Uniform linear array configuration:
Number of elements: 64
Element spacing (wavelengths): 0.25
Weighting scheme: binomial
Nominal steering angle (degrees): -15
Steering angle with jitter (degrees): -13.229
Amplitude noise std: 0.05
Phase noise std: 0.05

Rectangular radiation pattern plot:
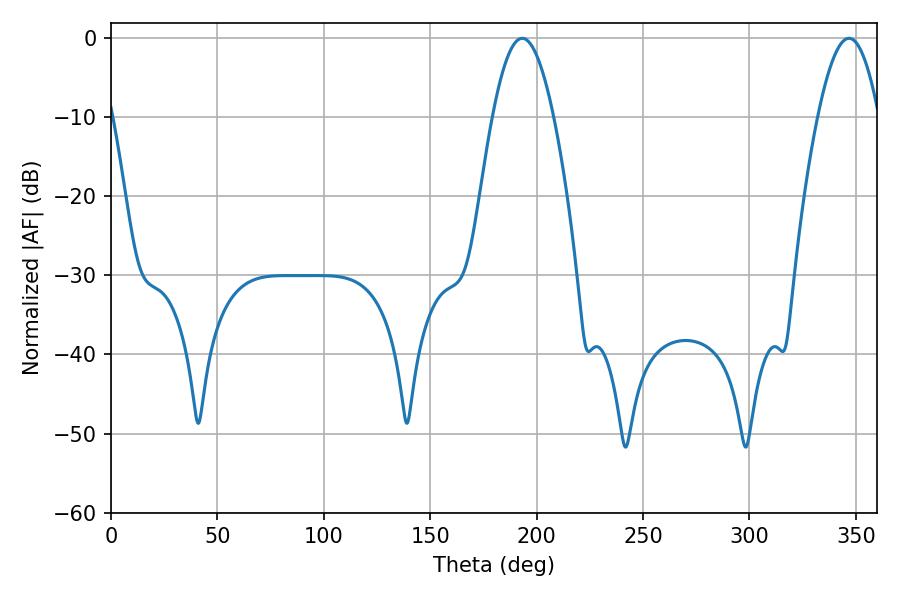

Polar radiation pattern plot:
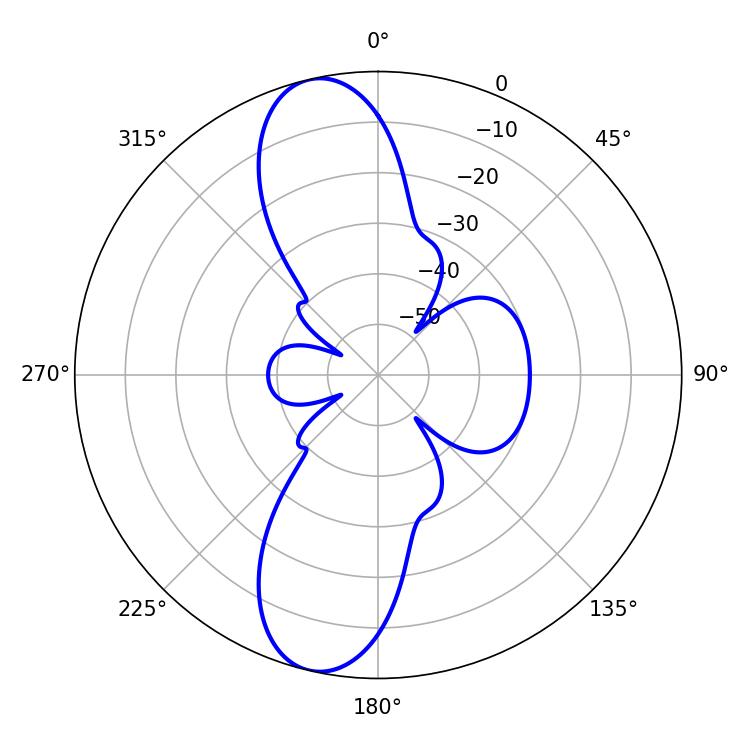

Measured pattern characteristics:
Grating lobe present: FALSE
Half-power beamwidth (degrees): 15.48
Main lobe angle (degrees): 193.14